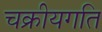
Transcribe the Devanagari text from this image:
चक्रीयगति